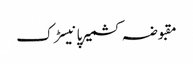
مقبوضہ کشمیرپانیسڑک